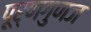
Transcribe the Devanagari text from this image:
पूर्णगुणज